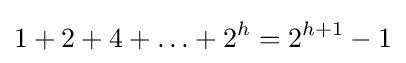
1+2+4+\ldots +2^{h}=2^{h+1}-1